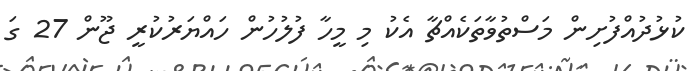
ކުޅުދުއްފުށިން މަސްތުވާތަކެއްޗާ އެކު މި މީހާ ފުލުހުން ހައްޔަރުކުރީ ޖޫން 27 ގަ